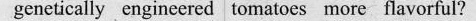
genetically engineered tomatoes more flavorful?